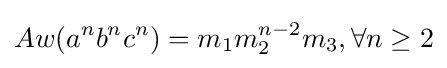
Aw(a^{n}b^{n}c^{n})=m_{1}m_{2}^{n-2}m_{3},\forall n\geq 2